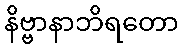
နိဗ္ဗာနာဘိရတော